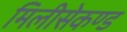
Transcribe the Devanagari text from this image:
मिलीसेकण्ड